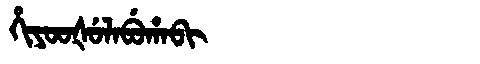
Manchu: ᡥᡳᠶᠣᠣᡧᡠᠯᠠᠪᡠᡥᠠᠪᡳ
Romanization: HIYOOŠULABUHABI